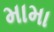
મામા